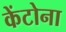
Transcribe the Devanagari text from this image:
केंटोना